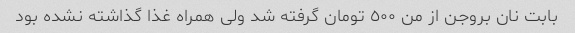
بابت نان بروجن از من ٥٠٠ تومان گرفته شد ولی همراه غذا گذاشته نشده بود